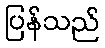
ပြန်သည်